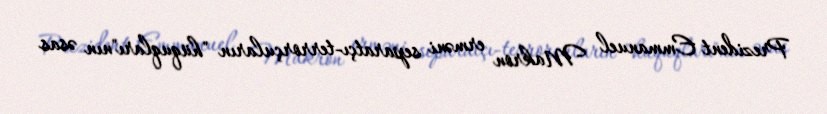
Prezident Emmanuel Makron erməni separatçı-terrorçuların "hüquqları"nın əsas